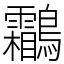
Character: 鸘